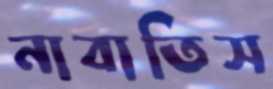
নাবাতিস